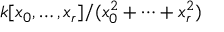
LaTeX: k [ x _ { 0 } , \dots , x _ { r } ] / ( x _ { 0 } ^ { 2 } + \dots + x _ { r } ^ { 2 } )